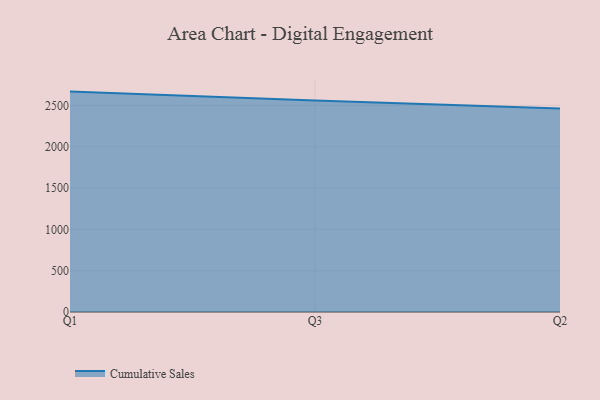
{"axis": {"x": "Quarter", "y": "Shipments"}, "legend": ["Cumulative Sales"], "data": [{"x": "Q1", "y": 2667.3, "type": "Cumulative Sales"}, {"x": "Q3", "y": 2558.6, "type": "Cumulative Sales"}, {"x": "Q2", "y": 2463.7, "type": "Cumulative Sales"}]}